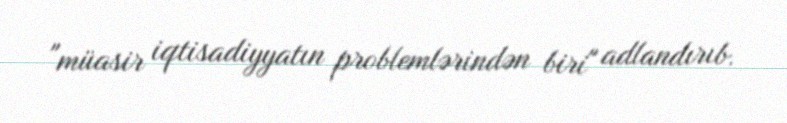
"müasir iqtisadiyyatın problemlərindən biri" adlandırıb.